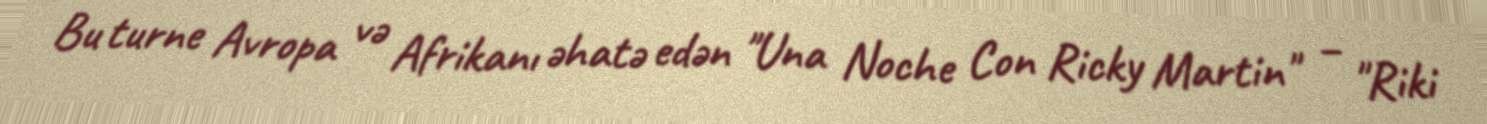
Bu turne Avropa və Afrikanı əhatə edən "Una Noche Con Ricky Martin" – "Riki